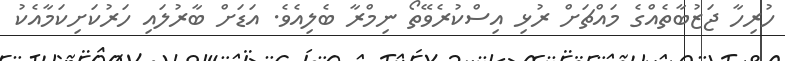
ހުރިހާ ޖަޒުބާތެއްގެ މައްޗަށް ރުޅި އިސްކުރެވޭތޯ ނިމްރާ ބެލިއެވެ. އަޑަށް ބާރުލައި ހަރުކަށިކަމާއެކު